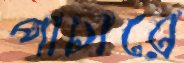
পাচারে